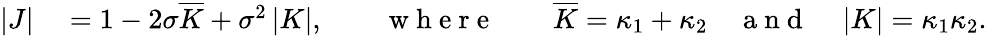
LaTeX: \begin{array}{rl}{|J|}&{{}=1-2\sigma\overline{{K}}+\sigma^{2}\left|K\right|,\qquad\mathrm{~w~h~e~r~e~}\qquad\overline{{K}}=\kappa_{1}+\kappa_{2}\quad\mathrm{~a~n~d~}\quad\left|K\right|=\kappa_{1}\kappa_{2}.}\end{array}